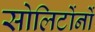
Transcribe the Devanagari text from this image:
सोलिटोंनों